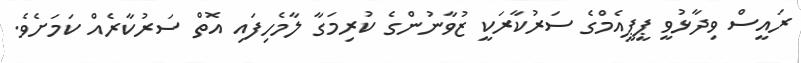
ރައީސް ވިދާޅުވީ ޕީޕީއެމްގެ ސަރުކާރަކީ ޒުވާނުންގެ ކުރިމަގާ ލާމެހިފައި އޮތް ސަރުކާރެއް ކަމަށެވެ.